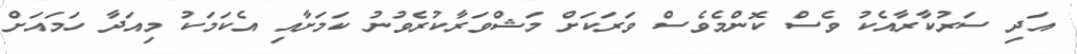
އަދި ސަރުކާރާއެކު ވެސް ކޮންމެވެސް ވަރަކަށް މަޝްވަރާކުރެވުނު ކަމަށާއި އެކަމަކު މިއަދާ ހަމައަށް